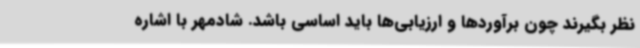
نظر بگیرند چون برآوردها و ارزیابی‌ها باید اساسی باشد. شادمهر با اشاره